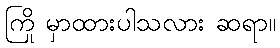
ကြို မှာထားပါသလား ဆရာ။